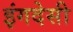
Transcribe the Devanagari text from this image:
इंगदेसी